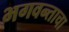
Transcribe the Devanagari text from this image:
भगवन्ताचा